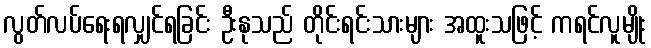
လွတ်လပ်ရေးရလျှင်ရခြင်း ဦးနုသည် တိုင်းရင်းသားများ အထူးသဖြင့် ကရင်လူမျိုး